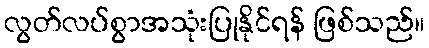
လွတ်လပ်စွာအသုံးပြုနိုင်ရန် ဖြစ်သည်။